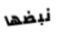
نبضها